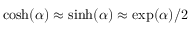
\cosh ( \alpha ) \approx \sinh ( \alpha ) \approx \exp ( \alpha ) / 2